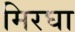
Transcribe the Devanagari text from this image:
मिरघा